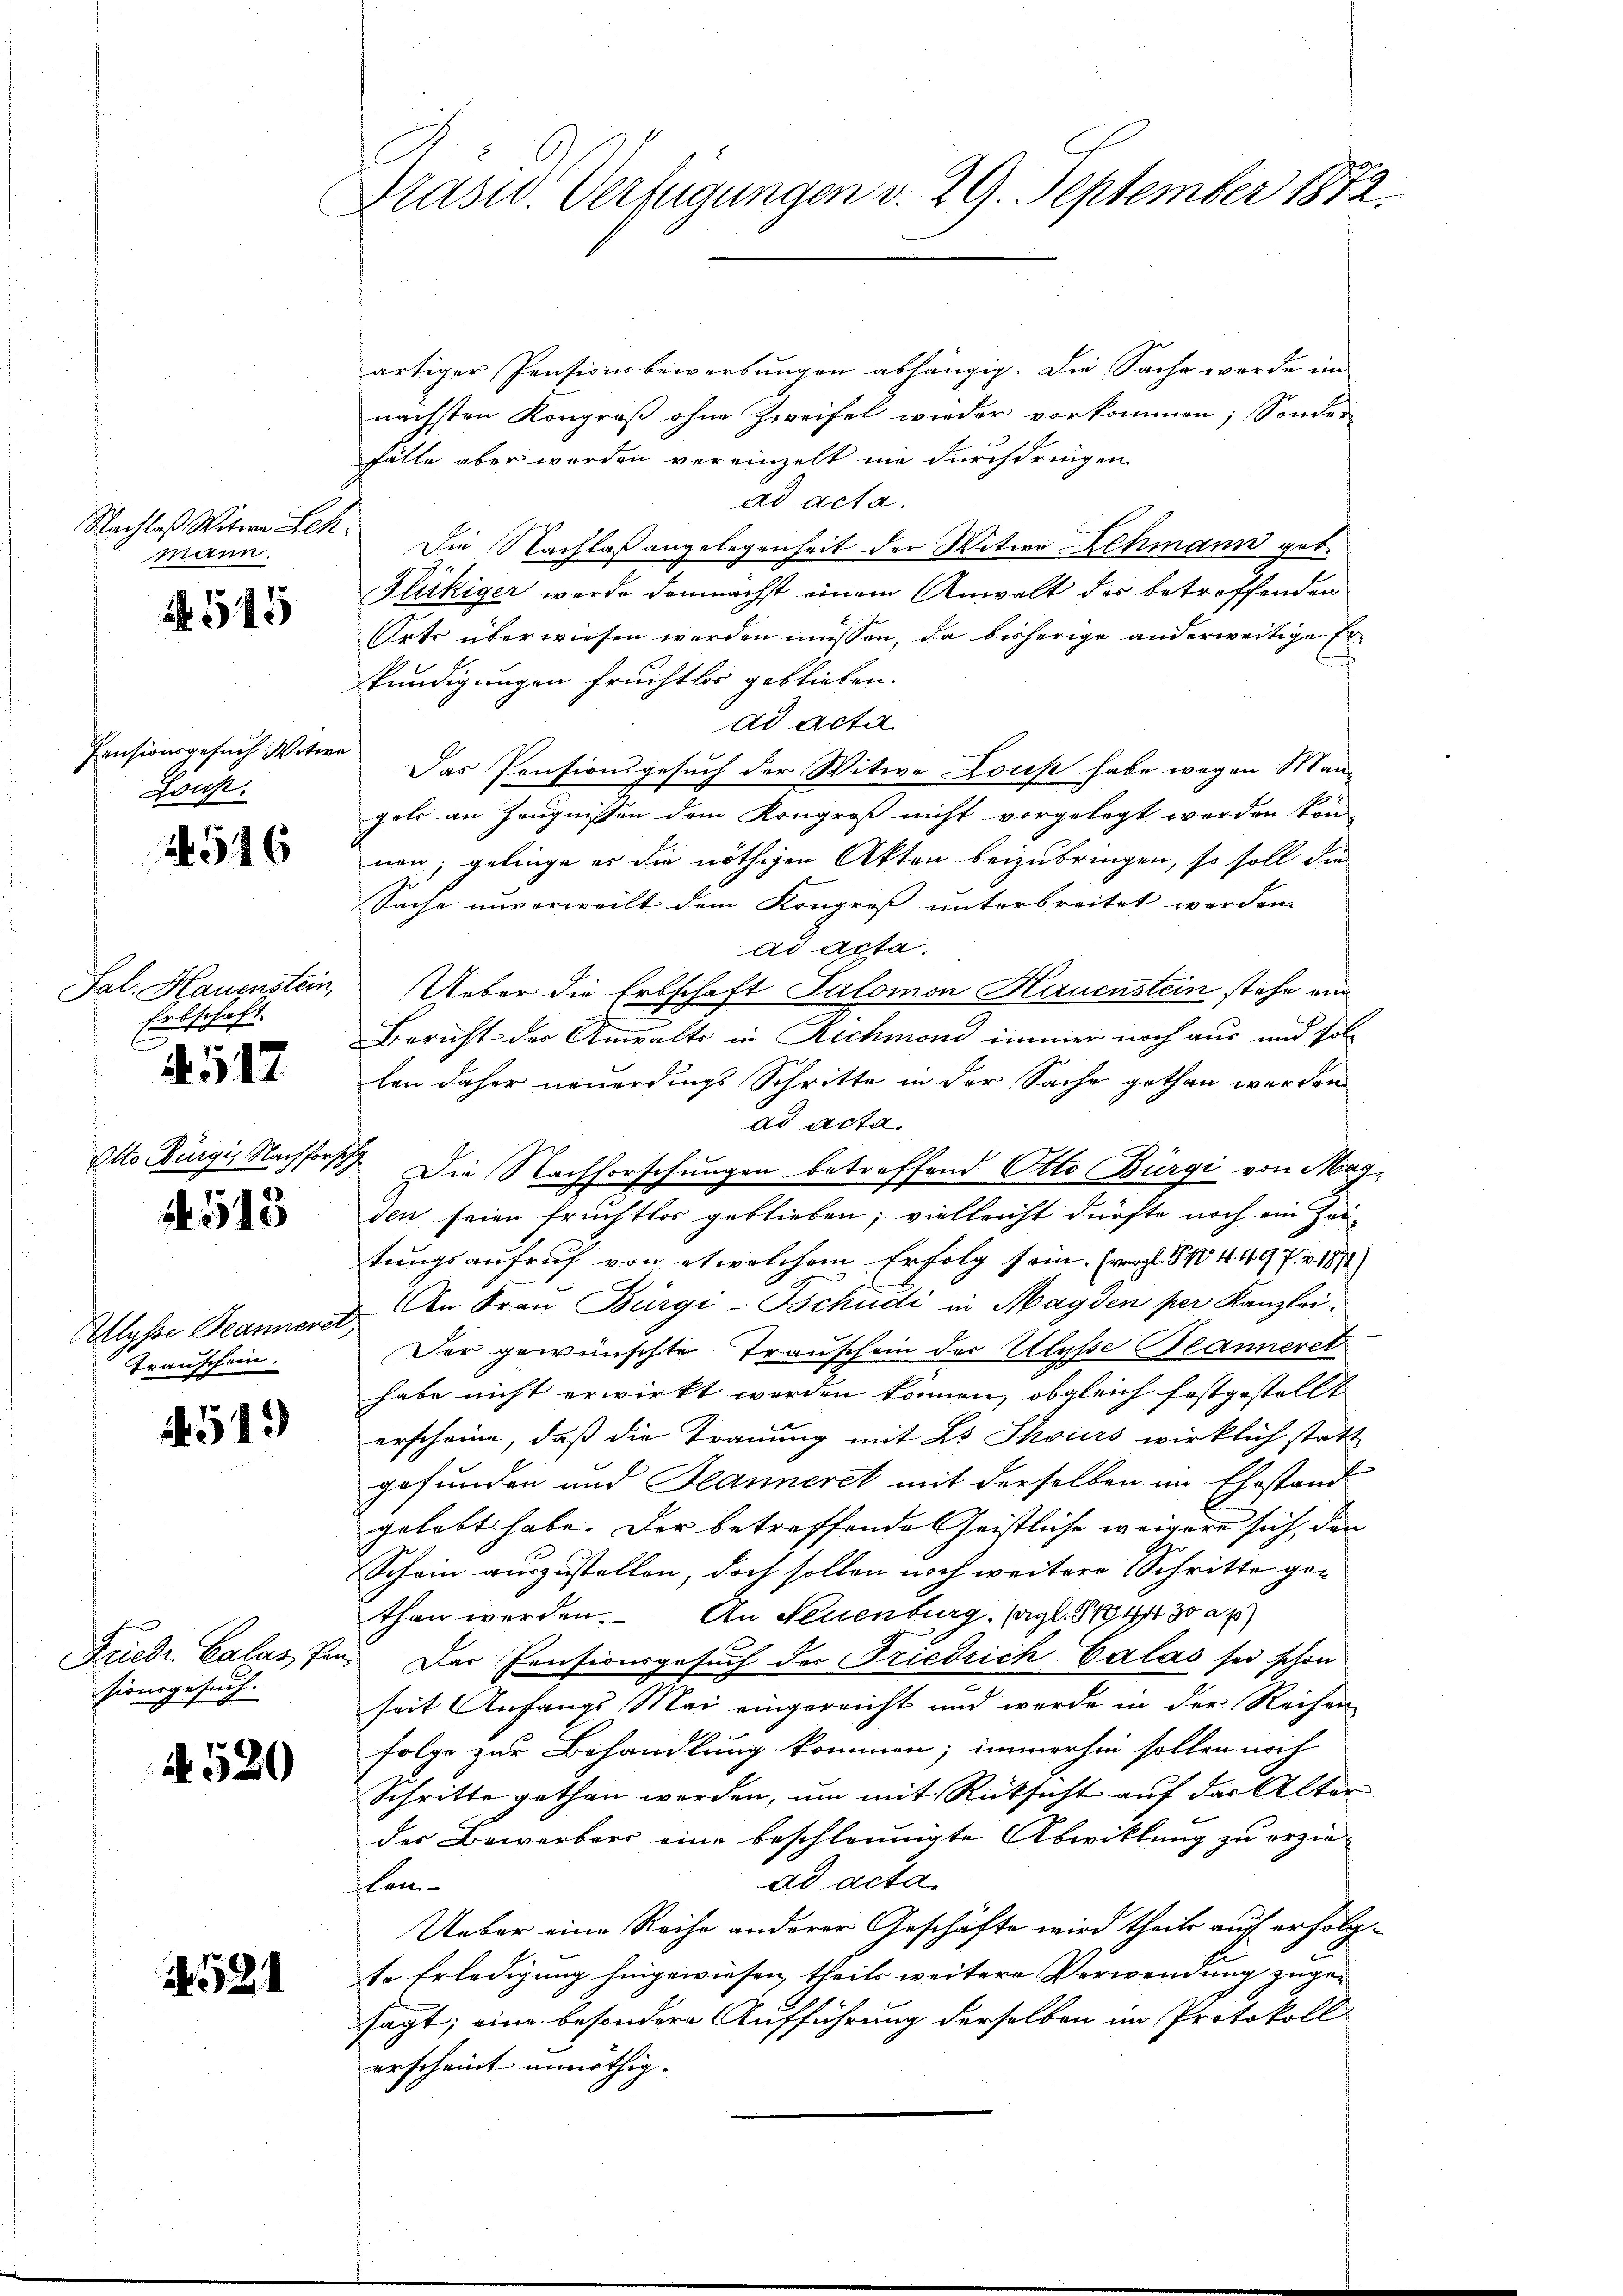
Nachlaß Witwe Leh
mann.

R. 545

Pensionsgesuch Witwe
Hons.

546

Sal. Hauenstein
Erbschaft.
4517

Otto Bürgi, Nachforsch

543

Allysse Deannerer
Trauschein.

4519

sionsgesuch.

A. 520

521

Präsid. Verfügungen v. 29. September 1872

artiger Pensionsbewerbungen abhängig. Die Sache werde im
nächsten Kongroß ohne Zweifel wieder vorkommen; Sonder
fälle aber werden vereinzelt nie durchdringen
ad acta.
Die Nachlaßangelegenheit der Witwe Lehmann geb.
Flückiger wurde demnächst einem Anwalt des betreffenden
Orts überwiesen werden müssen, da bisherige anderweitige Erskundigungen fruchtlos geblieben.
ad acta
x
Das Pensionsgesuch der Witwe Louis habe wegen Man
gels an Zeugnissen dem Kongroß nicht vorgelegt werden könn
nen; gelinge er die nöthigen Akten beizubringen, so soll die
Sache unverweilt dem Kongroß unterbreitet werden.
ad acta.
Ueber die Erbschaft Salomon Hauenstein stehe ein
Bericht der Anwalts in Rechmond immer noch aus und sollen daher neuerdings Schritte in der Sache gethan werden
ad Acta.
Die Nachforschungen betreffend Otto Bürgi von Magden seien Fruchtlos geblieben; vielleicht dürfte noch ein Zeu-
tungsaufruf von etwelchem Erfolg sein. (vergl. § 4497. v. 1874)
An Frau Bürgi-Tschudi in Magden per Kanzlei.
c
Der gewünschte Trauschein der Ulysse Blänneret
habe nicht erwirkt werden können, obgleich festgestellt
erscheine, daß die Trauung mit L Shours wirklich statt
gefunden und Jeanneret mit derselben im Ehestand
gelebt habe. Der betreffende Geistliche weigere sich, den
Schein auszustellen, doch sollen noch weitere Schritte gethan werden. An Feuenburg (vgl. 1794430 f
Friedr. Calassen. Der Pensionsgesuch der Friedrich Calas sei schon
seit Anfangs Mai eingereicht und werde in der Reisen
folge zur Behandlung kommen; immerhin sollen noch
Schritte gethan werden, um mit Rücksicht auf der Alter
des Beworbers eine beschleunigte Abwittung zu erziead acta.
len
Ueber eine Reihe anderer Geschäfte wird theile auf erfolg-
te Erledigung hingewiesen, theils weitere Verwendung zugesagt; eine besondere Aufführung derselben im Protokoll
erscheint unnöthig.